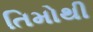
તિમોથી